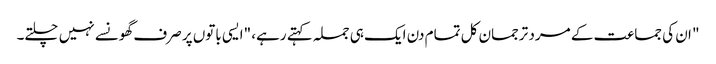
" ان کی جماعت کے مرد ترجمان کل تمام دن ایک ہی جملہ کہتے رہے، "ایسی باتوں پر صرف گھونسے نہیں چلتے۔